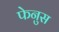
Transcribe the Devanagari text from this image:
फेनुस